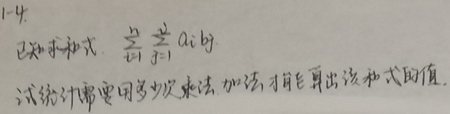
1 - 4.已知求和式\(\sum_{i = 1}^{n}\sum_{j = 1}^{m}a_{i}b_{j}\)，试统计需要用多少次乘法、加法，才能算出该求和式的值。